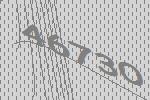
46730